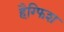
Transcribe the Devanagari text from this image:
हैग्फिश